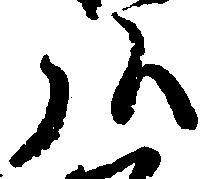
弘